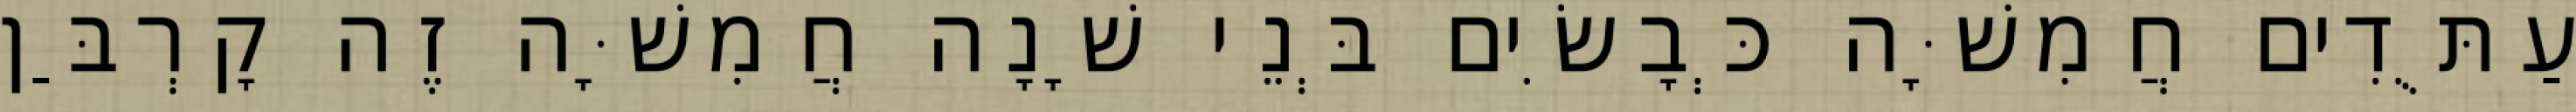
עַתֻּדִים חֲמִשָּׁה כְּבָשִׂים בְּנֵי שָׁנָה חֲמִשָּׁה זֶה קָרְבַּן